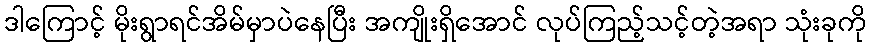
ဒါကြောင့် မိုးရွာရင်အိမ်မှာပဲနေပြီး အကျိုးရှိအောင် လုပ်ကြည့်သင့်တဲ့အရာ သုံးခုကို